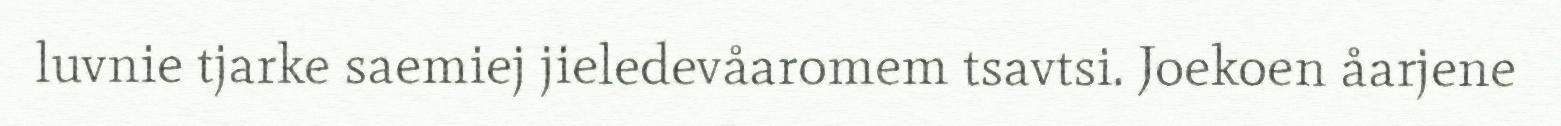
luvnie tjarke saemiej jieledevåaromem tsavtsi. Joekoen åarjene